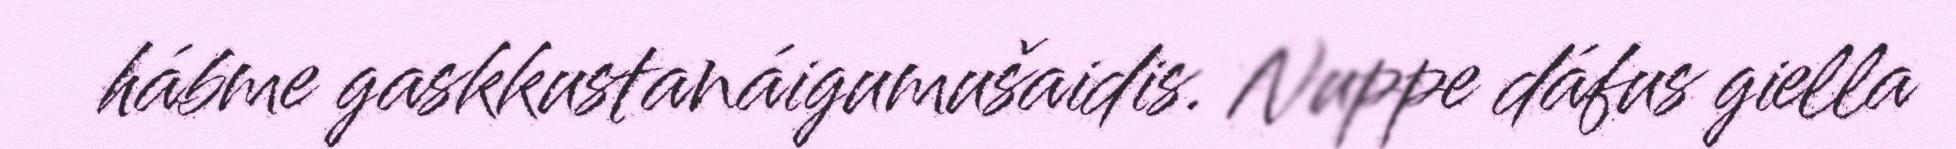
hábme gaskkustanáigumušaidis. Nuppe dáfus giella